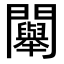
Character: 𨷯